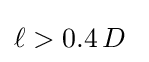
\ell >0.4\,D~